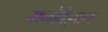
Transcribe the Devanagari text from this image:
मनोवैज्ञान